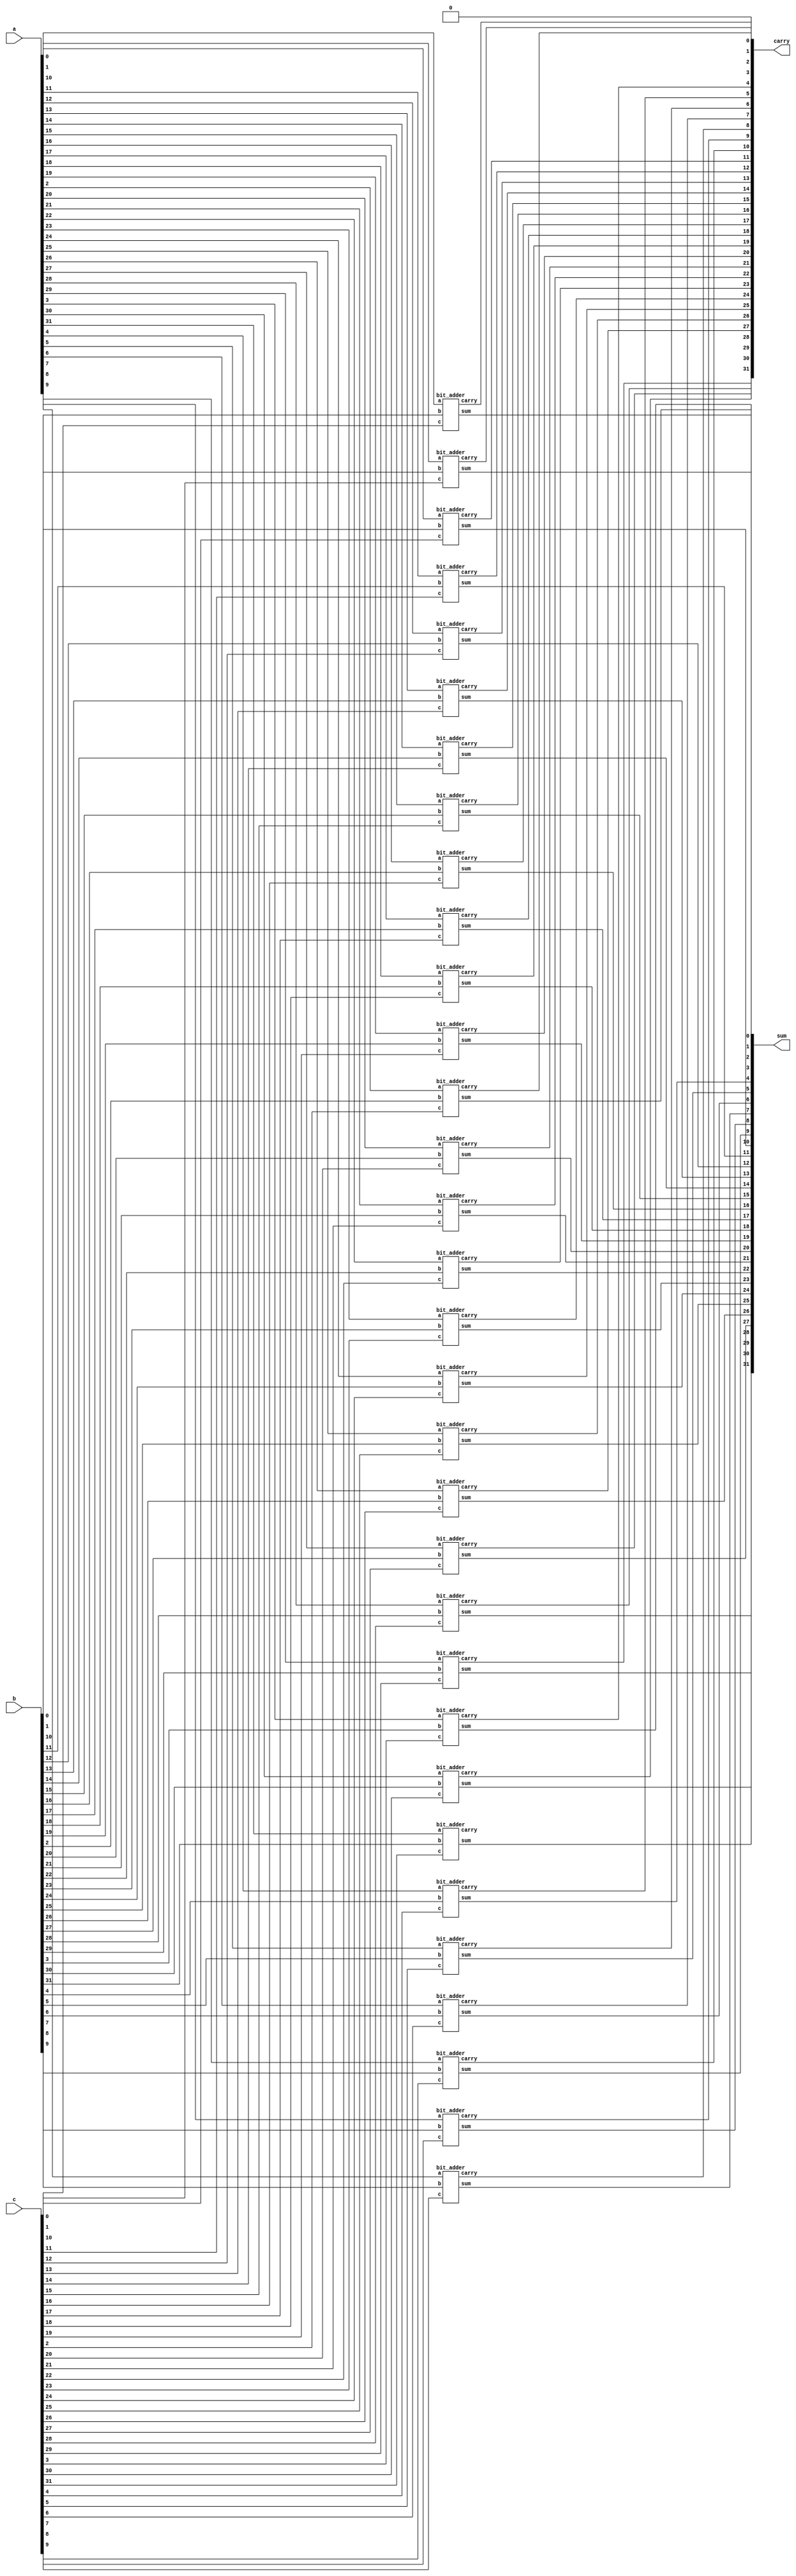
module adder(input  [31:0] a,
			 input  [31:0] b,
			 input  [31:0] c,
			 output [31:0] sum,
			 output [31:0] carry);
   
wire tem0, tem1;
assign carry[0] = 0;
bit_adder a0(.a(a[0]), .b(b[0]), .c(c[0]), .sum(sum[0]), .carry(carry[1]));
bit_adder a1(.a(a[1]), .b(b[1]), .c(c[1]), .sum(sum[1]), .carry(carry[2]));
bit_adder a2(.a(a[2]), .b(b[2]), .c(c[2]), .sum(sum[2]), .carry(carry[3]));
bit_adder a3(.a(a[3]), .b(b[3]), .c(c[3]), .sum(sum[3]), .carry(carry[4]));
bit_adder a4(.a(a[4]), .b(b[4]), .c(c[4]), .sum(sum[4]), .carry(carry[5]));
bit_adder a5(.a(a[5]), .b(b[5]), .c(c[5]), .sum(sum[5]), .carry(carry[6]));
bit_adder a6(.a(a[6]), .b(b[6]), .c(c[6]), .sum(sum[6]), .carry(carry[7]));
bit_adder a7(.a(a[7]), .b(b[7]), .c(c[7]), .sum(sum[7]), .carry(carry[8]));
bit_adder a8(.a(a[8]), .b(b[8]), .c(c[8]), .sum(sum[8]), .carry(carry[9]));
bit_adder a9(.a(a[9]), .b(b[9]), .c(c[9]), .sum(sum[9]), .carry(carry[10]));
bit_adder a10(.a(a[10]), .b(b[10]), .c(c[10]), .sum(sum[10]), .carry(carry[11]));
bit_adder a11(.a(a[11]), .b(b[11]), .c(c[11]), .sum(sum[11]), .carry(carry[12]));
bit_adder a12(.a(a[12]), .b(b[12]), .c(c[12]), .sum(sum[12]), .carry(carry[13]));
bit_adder a13(.a(a[13]), .b(b[13]), .c(c[13]), .sum(sum[13]), .carry(carry[14]));
bit_adder a14(.a(a[14]), .b(b[14]), .c(c[14]), .sum(sum[14]), .carry(carry[15]));
bit_adder a15(.a(a[15]), .b(b[15]), .c(c[15]), .sum(sum[15]), .carry(carry[16]));
bit_adder a16(.a(a[16]), .b(b[16]), .c(c[16]), .sum(sum[16]), .carry(carry[17]));
bit_adder a17(.a(a[17]), .b(b[17]), .c(c[17]), .sum(sum[17]), .carry(carry[18]));
bit_adder a18(.a(a[18]), .b(b[18]), .c(c[18]), .sum(sum[18]), .carry(carry[19]));
bit_adder a19(.a(a[19]), .b(b[19]), .c(c[19]), .sum(sum[19]), .carry(carry[20]));
bit_adder a20(.a(a[20]), .b(b[20]), .c(c[20]), .sum(sum[20]), .carry(carry[21]));
bit_adder a21(.a(a[21]), .b(b[21]), .c(c[21]), .sum(sum[21]), .carry(carry[22]));
bit_adder a22(.a(a[22]), .b(b[22]), .c(c[22]), .sum(sum[22]), .carry(carry[23]));
bit_adder a23(.a(a[23]), .b(b[23]), .c(c[23]), .sum(sum[23]), .carry(carry[24]));
bit_adder a24(.a(a[24]), .b(b[24]), .c(c[24]), .sum(sum[24]), .carry(carry[25]));
bit_adder a25(.a(a[25]), .b(b[25]), .c(c[25]), .sum(sum[25]), .carry(carry[26]));
bit_adder a26(.a(a[26]), .b(b[26]), .c(c[26]), .sum(sum[26]), .carry(carry[27]));
bit_adder a27(.a(a[27]), .b(b[27]), .c(c[27]), .sum(sum[27]), .carry(carry[28]));
bit_adder a28(.a(a[28]), .b(b[28]), .c(c[28]), .sum(sum[28]), .carry(carry[29]));
bit_adder a29(.a(a[29]), .b(b[29]), .c(c[29]), .sum(sum[29]), .carry(carry[30]));
bit_adder a30(.a(a[30]), .b(b[30]), .c(c[30]), .sum(sum[30]), .carry(carry[31]));
bit_adder a31(.a(a[31]), .b(b[31]), .c(c[31]), .sum(sum[31]), .carry(tem0));
    
endmodule

module bit_adder(input a,
			     input b,
				 input c,
				// input cin,
				 output sum,
				 output carry);
   
 wire tem1, tem2, tem3;
 assign tem1 = a & b;
 assign tem2 = a & c;
 assign tem3 = b & c;
 //assign tem5 = b & cin;
 //assign tem6 = c & cin;
 
 assign sum = a ^ b ^ c;
 assign carry = tem1 | tem2 | tem3;
    
endmodule